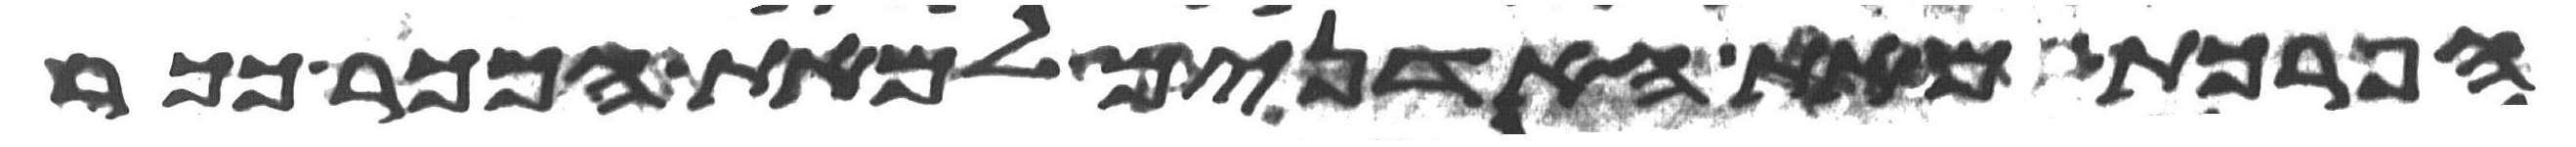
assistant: הפרכת מאת האדנים למאת הככר ככר